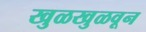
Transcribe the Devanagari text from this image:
खुळखुळवून